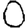
Digit: 0